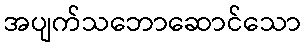
အပျက်သဘောဆောင်သော